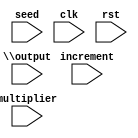
(* top =  1  *)
(* generator = "Amaranth" *)
module top(increment, seed, \output , clk, rst, multiplier);
  reg \$auto$verilog_backend.cc:2097:dump_module$1  = 0;
  (* src = "/home/james/Desktop/Efabless/Project/RNG/Amaranth-Python-Scripts/wishbone-test-output.py:28" *)
  wire [128:0] \$11 ;
  (* src = "/home/james/Desktop/Efabless/Project/RNG/Amaranth-Python-Scripts/wishbone-test-output.py:28" *)
  wire [128:0] \$13 ;
  (* src = "/home/james/Desktop/Efabless/Project/RNG/Amaranth-Python-Scripts/wishbone-test-output.py:27" *)
  wire [31:0] \$2 ;
  (* src = "/home/james/Desktop/Efabless/Project/RNG/Amaranth-Python-Scripts/wishbone-test-output.py:27" *)
  wire [31:0] \$4 ;
  (* src = "/home/james/Desktop/Efabless/Project/RNG/Amaranth-Python-Scripts/wishbone-test-output.py:28" *)
  wire [128:0] \$6 ;
  (* src = "/home/james/Desktop/Efabless/Project/RNG/Amaranth-Python-Scripts/wishbone-test-output.py:28" *)
  wire [127:0] \$8 ;
  (* src = "/home/james/.local/lib/python3.10/site-packages/amaranth/lib/wiring.py:227" *)
  wire [31:0] adr;
  (* src = "/home/james/.local/lib/python3.10/site-packages/amaranth/hdl/ir.py:508" *)
  input clk;
  wire clk;
  (* src = "/home/james/.local/lib/python3.10/site-packages/amaranth/lib/wiring.py:227" *)
  reg [31:0] dat_r;
  (* src = "/home/james/.local/lib/python3.10/site-packages/amaranth/lib/wiring.py:227" *)
  wire [31:0] dat_w;
  (* src = "/home/james/Desktop/Efabless/Project/RNG/Amaranth-Python-Scripts/wishbone-test-output.py:10" *)
  input [63:0] increment;
  wire [63:0] increment;
  (* src = "/home/james/Desktop/Efabless/Project/RNG/Amaranth-Python-Scripts/wishbone-test-output.py:10" *)
  reg [63:0] \increment$10  = 64'h14057b7ef767814f;
  (* src = "/home/james/Desktop/Efabless/Project/RNG/Amaranth-Python-Scripts/wishbone-test-output.py:10" *)
  reg [63:0] \increment$10$next ;
  (* src = "/home/james/Desktop/Efabless/Project/RNG/Amaranth-Python-Scripts/wishbone-test-output.py:9" *)
  input [63:0] multiplier;
  wire [63:0] multiplier;
  (* src = "/home/james/Desktop/Efabless/Project/RNG/Amaranth-Python-Scripts/wishbone-test-output.py:9" *)
  reg [63:0] \multiplier$7  = 64'h5851f42d4c957f2d;
  (* src = "/home/james/Desktop/Efabless/Project/RNG/Amaranth-Python-Scripts/wishbone-test-output.py:9" *)
  reg [63:0] \multiplier$7$next ;
  (* src = "/home/james/Desktop/Efabless/Project/RNG/Amaranth-Python-Scripts/wishbone-test-output.py:13" *)
  input [31:0] \output ;
  wire [31:0] \output ;
  (* src = "/home/james/Desktop/Efabless/Project/RNG/Amaranth-Python-Scripts/wishbone-test-output.py:13" *)
  wire [31:0] \output$1 ;
  (* src = "/home/james/.local/lib/python3.10/site-packages/amaranth/hdl/ir.py:508" *)
  input rst;
  wire rst;
  (* src = "/home/james/Desktop/Efabless/Project/RNG/Amaranth-Python-Scripts/wishbone-test-output.py:11" *)
  input [63:0] seed;
  wire [63:0] seed;
  (* src = "/home/james/Desktop/Efabless/Project/RNG/Amaranth-Python-Scripts/wishbone-test-output.py:11" *)
  reg [63:0] \seed$15  = 64'h123456789abcdef0;
  (* src = "/home/james/Desktop/Efabless/Project/RNG/Amaranth-Python-Scripts/wishbone-test-output.py:11" *)
  reg [63:0] \seed$15$next ;
  (* src = "/home/james/Desktop/Efabless/Project/RNG/Amaranth-Python-Scripts/wishbone-test-output.py:12" *)
  reg [63:0] state = 64'h0000000000000000;
  (* src = "/home/james/Desktop/Efabless/Project/RNG/Amaranth-Python-Scripts/wishbone-test-output.py:12" *)
  reg [63:0] \state$next ;
  assign \$11  = \$8  + (* src = "/home/james/Desktop/Efabless/Project/RNG/Amaranth-Python-Scripts/wishbone-test-output.py:28" *) \increment$10 ;
  always @(posedge clk)
    state <= \state$next ;
  always @(posedge clk)
    \seed$15  <= \seed$15$next ;
  always @(posedge clk)
    \multiplier$7  <= \multiplier$7$next ;
  always @(posedge clk)
    \increment$10  <= \increment$10$next ;
  assign \$4  = state[31:0] ^ (* src = "/home/james/Desktop/Efabless/Project/RNG/Amaranth-Python-Scripts/wishbone-test-output.py:27" *) \$2 ;
  assign \$8  = state * (* src = "/home/james/Desktop/Efabless/Project/RNG/Amaranth-Python-Scripts/wishbone-test-output.py:28" *) \multiplier$7 ;
  always @* begin
    if (\$auto$verilog_backend.cc:2097:dump_module$1 ) begin end
    \state$next  = \$13 [63:0];
    (* src = "/home/james/.local/lib/python3.10/site-packages/amaranth/hdl/xfrm.py:503" *)
    casez (rst)
      1'h1:
          \state$next  = 64'h0000000000000000;
    endcase
  end
  always @* begin
    if (\$auto$verilog_backend.cc:2097:dump_module$1 ) begin end
    dat_r = 32'd0;
    (* src = "/home/james/Desktop/Efabless/Project/RNG/Amaranth-Python-Scripts/wishbone-test-output.py:31" *)
    casez (adr)
      /* src = "/home/james/Desktop/Efabless/Project/RNG/Amaranth-Python-Scripts/wishbone-test-output.py:32" */
      32'd0:
          dat_r = \output$1 ;
    endcase
  end
  always @* begin
    if (\$auto$verilog_backend.cc:2097:dump_module$1 ) begin end
    \seed$15$next  = \seed$15 ;
    (* src = "/home/james/Desktop/Efabless/Project/RNG/Amaranth-Python-Scripts/wishbone-test-output.py:31" *)
    casez (adr)
      /* src = "/home/james/Desktop/Efabless/Project/RNG/Amaranth-Python-Scripts/wishbone-test-output.py:32" */
      32'd0:
          /* empty */;
      /* src = "/home/james/Desktop/Efabless/Project/RNG/Amaranth-Python-Scripts/wishbone-test-output.py:34" */
      32'd1:
          \seed$15$next [63:32] = 32'd0;
      /* src = "/home/james/Desktop/Efabless/Project/RNG/Amaranth-Python-Scripts/wishbone-test-output.py:36" */
      32'd2:
          \seed$15$next [31:0] = 32'd0;
    endcase
    (* src = "/home/james/.local/lib/python3.10/site-packages/amaranth/hdl/xfrm.py:503" *)
    casez (rst)
      1'h1:
          \seed$15$next  = 64'h123456789abcdef0;
    endcase
  end
  always @* begin
    if (\$auto$verilog_backend.cc:2097:dump_module$1 ) begin end
    \multiplier$7$next  = \multiplier$7 ;
    (* src = "/home/james/Desktop/Efabless/Project/RNG/Amaranth-Python-Scripts/wishbone-test-output.py:31" *)
    casez (adr)
      /* src = "/home/james/Desktop/Efabless/Project/RNG/Amaranth-Python-Scripts/wishbone-test-output.py:32" */
      32'd0:
          /* empty */;
      /* src = "/home/james/Desktop/Efabless/Project/RNG/Amaranth-Python-Scripts/wishbone-test-output.py:34" */
      32'd1:
          /* empty */;
      /* src = "/home/james/Desktop/Efabless/Project/RNG/Amaranth-Python-Scripts/wishbone-test-output.py:36" */
      32'd2:
          /* empty */;
      /* src = "/home/james/Desktop/Efabless/Project/RNG/Amaranth-Python-Scripts/wishbone-test-output.py:38" */
      32'd3:
          \multiplier$7$next [63:32] = 32'd0;
      /* src = "/home/james/Desktop/Efabless/Project/RNG/Amaranth-Python-Scripts/wishbone-test-output.py:40" */
      32'd4:
          \multiplier$7$next [31:0] = 32'd0;
    endcase
    (* src = "/home/james/.local/lib/python3.10/site-packages/amaranth/hdl/xfrm.py:503" *)
    casez (rst)
      1'h1:
          \multiplier$7$next  = 64'h5851f42d4c957f2d;
    endcase
  end
  always @* begin
    if (\$auto$verilog_backend.cc:2097:dump_module$1 ) begin end
    \increment$10$next  = \increment$10 ;
    (* src = "/home/james/Desktop/Efabless/Project/RNG/Amaranth-Python-Scripts/wishbone-test-output.py:31" *)
    casez (adr)
      /* src = "/home/james/Desktop/Efabless/Project/RNG/Amaranth-Python-Scripts/wishbone-test-output.py:32" */
      32'd0:
          /* empty */;
      /* src = "/home/james/Desktop/Efabless/Project/RNG/Amaranth-Python-Scripts/wishbone-test-output.py:34" */
      32'd1:
          /* empty */;
      /* src = "/home/james/Desktop/Efabless/Project/RNG/Amaranth-Python-Scripts/wishbone-test-output.py:36" */
      32'd2:
          /* empty */;
      /* src = "/home/james/Desktop/Efabless/Project/RNG/Amaranth-Python-Scripts/wishbone-test-output.py:38" */
      32'd3:
          /* empty */;
      /* src = "/home/james/Desktop/Efabless/Project/RNG/Amaranth-Python-Scripts/wishbone-test-output.py:40" */
      32'd4:
          /* empty */;
      /* src = "/home/james/Desktop/Efabless/Project/RNG/Amaranth-Python-Scripts/wishbone-test-output.py:42" */
      32'd5:
          \increment$10$next [63:32] = 32'd0;
      /* src = "/home/james/Desktop/Efabless/Project/RNG/Amaranth-Python-Scripts/wishbone-test-output.py:44" */
      32'd6:
          \increment$10$next [31:0] = 32'd0;
    endcase
    (* src = "/home/james/.local/lib/python3.10/site-packages/amaranth/hdl/xfrm.py:503" *)
    casez (rst)
      1'h1:
          \increment$10$next  = 64'h14057b7ef767814f;
    endcase
  end
  assign \$6  = \$13 ;
  assign adr = 32'd0;
  assign dat_w = 32'd0;
  assign \output$1  = \$4 ;
  assign \$2  = { 18'h00000, state[63:50] };
  assign \$13 [128:64] = 65'h00000000000000000;
  assign \$13 [63:0] = \$11 [63:0];
endmodule